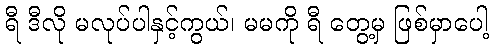
ရီ ဒီလို မလုပ်ပါနှင့်ကွယ်၊ မမကို ရီ တွေ့မှ ဖြစ်မှာပေါ့